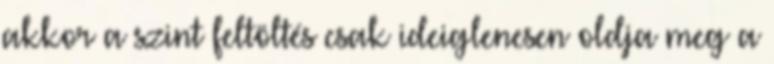
akkor a szint feltöltés csak ideiglenesen oldja meg a